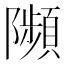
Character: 𨽗